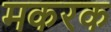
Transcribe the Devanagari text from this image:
मकरक